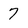
Character: 7